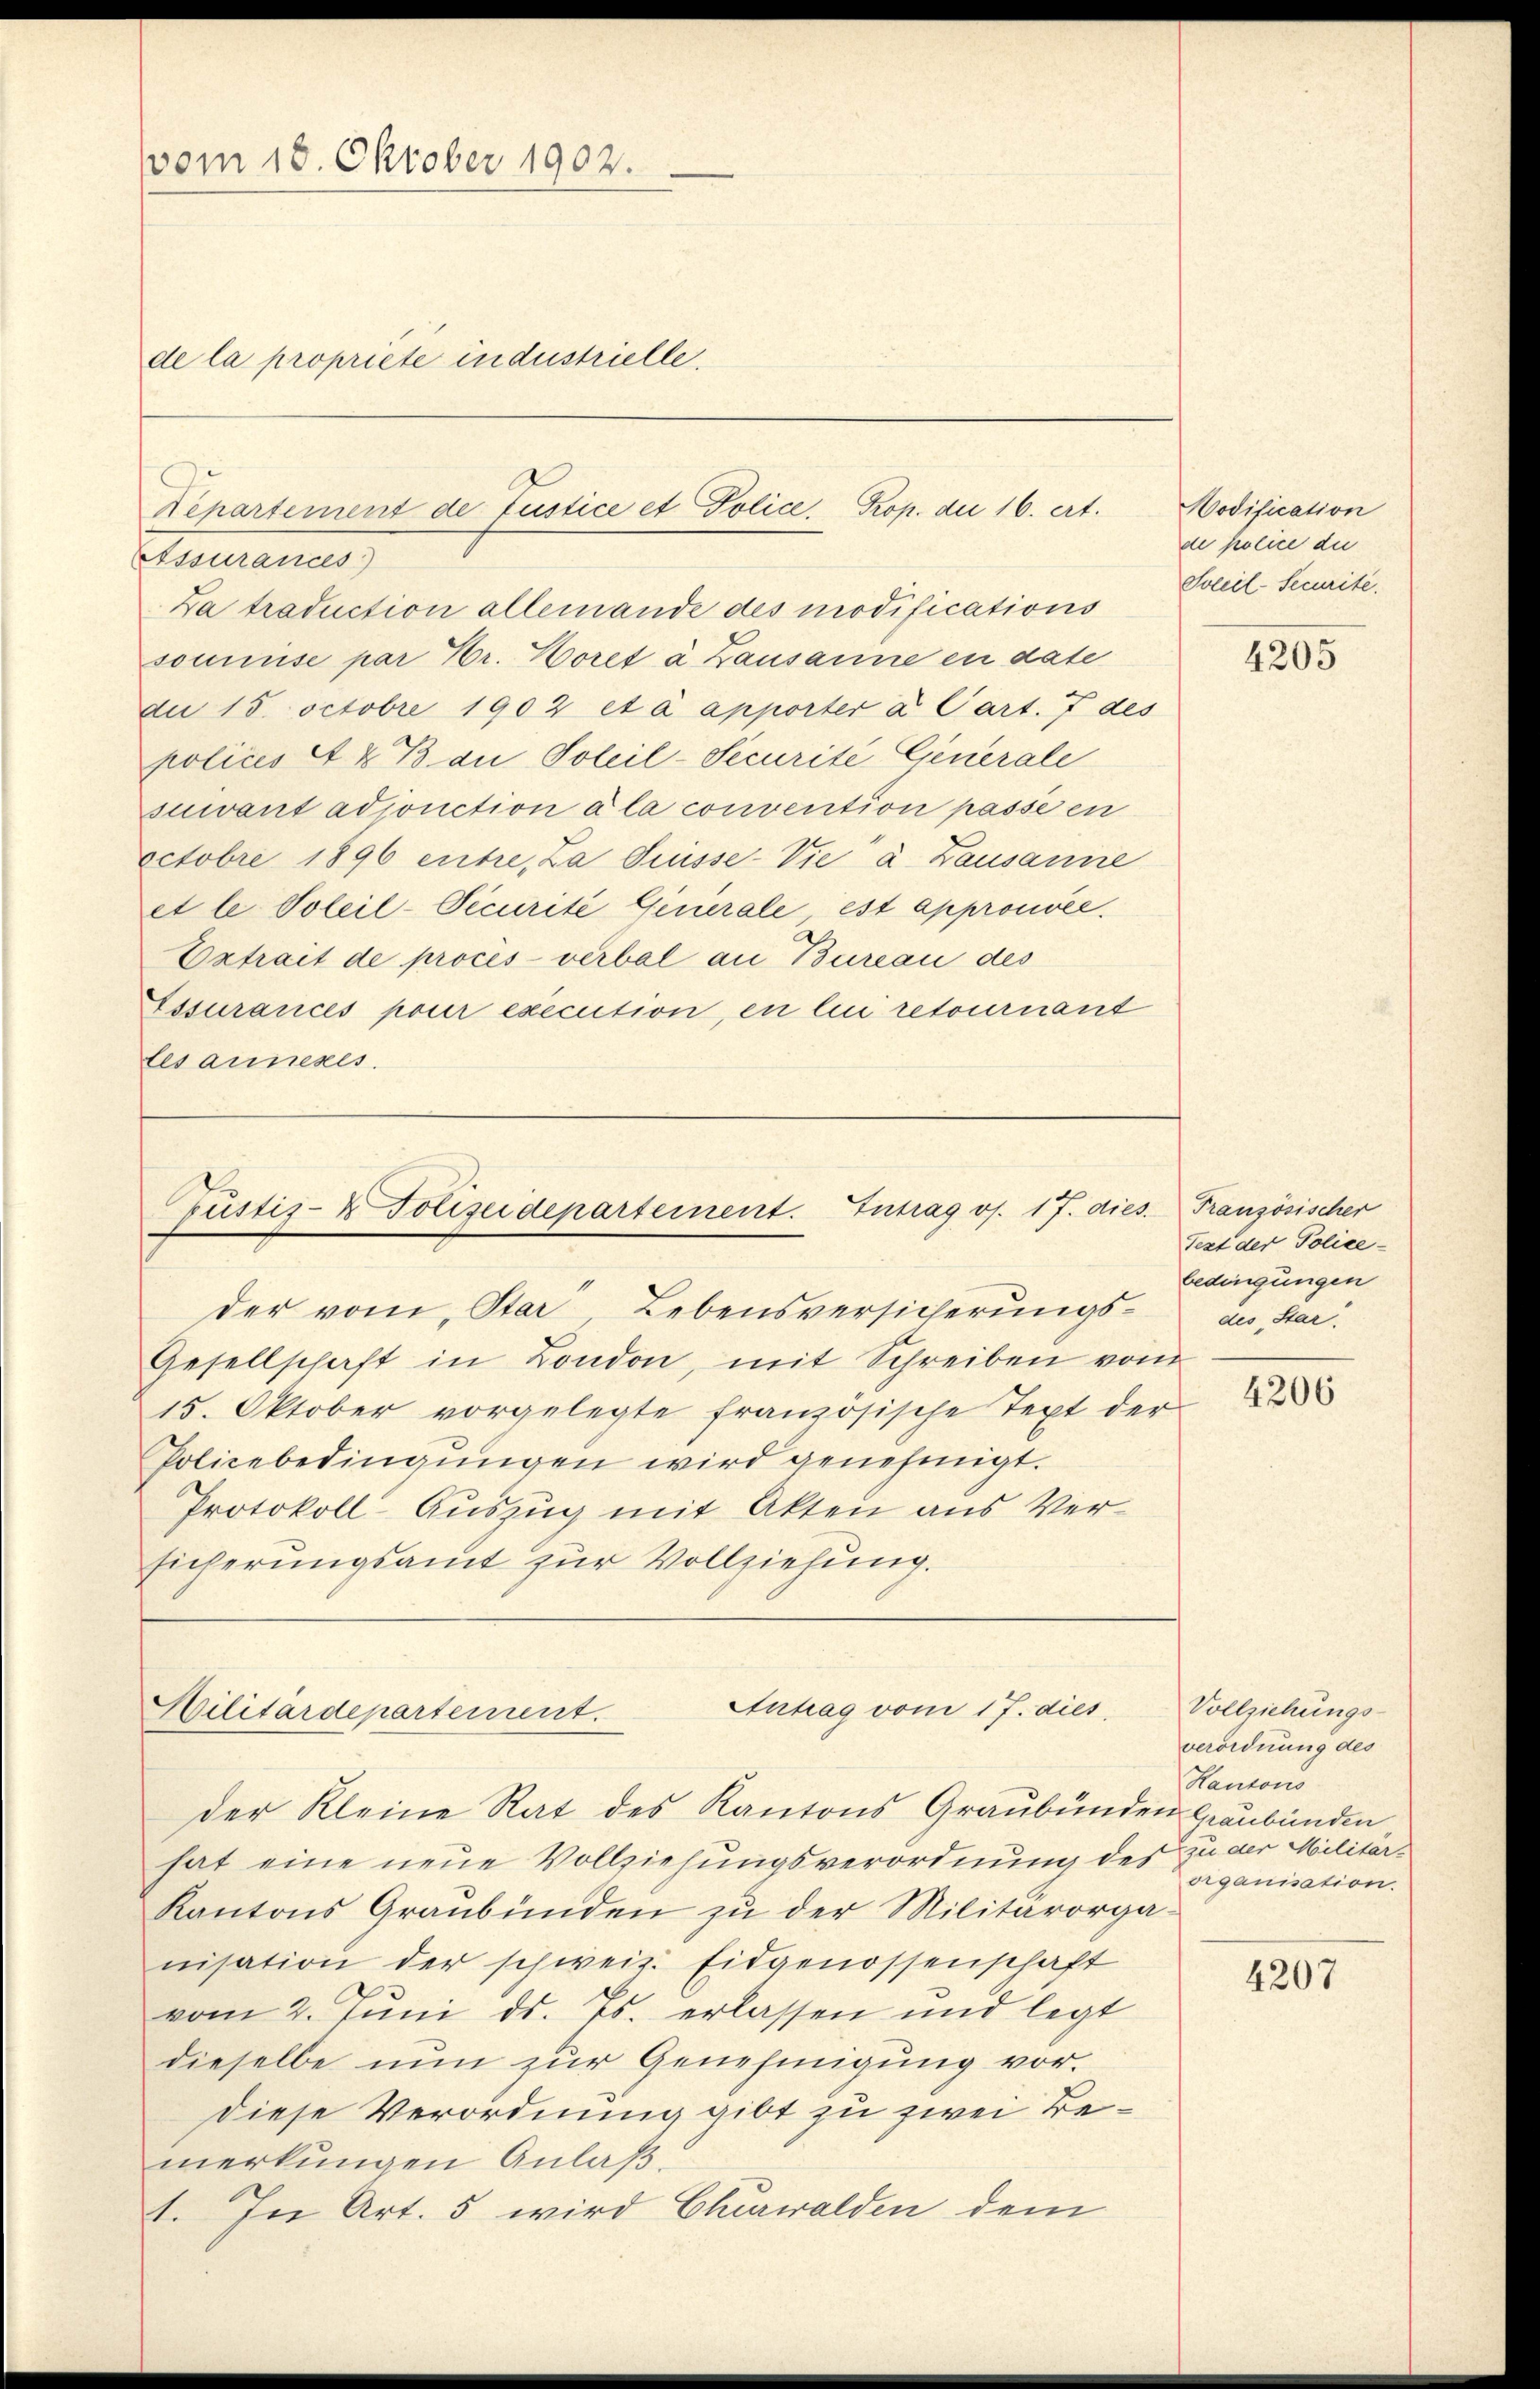
(vom 18. Oktober 1902.
de la propriete industrielle.

Da traduction allemande des modifications
soumise par Hr. Horet à Zausanne en date
du 15. Octobre 1902 et à apporter a Cart. 7 des
polices et 4 Bau Soleil-Securite Generale
suivant adjonction à la convention passé en
octobre 1896 entre, La Suisse-Vie a. Lausanne
et le Soleil-Decurité Generale est approuvée.
Extrait de procès-verbal an Bureau des
Essurances pour execution, en lici retournant
lesanneres.

Departement de Justice et Police. Prop. die 16. ert.
Assurances

Gesellschaft in London, mit Schreiben vom
15. Oktober vorgelegte französische Text der
Policebedingungen wird genehmigt.
Protokoll-Auszug mit Akten aus Versicherungsamt zur Vollziehung.

Pustiz- & Polizeidepartement. Intrag os. 17. dies
der vom Star Lebensversicherungs¬

Antrag vom 17. dies
Militärdepartement.

der Kleine Rat des Kantons Graubünden Graubünden
hat eine neue Vollziehungsverordnung des zu der Militär¬
Kantons Graubünden zu der Militärorga-
nisation der schweiz. Eidgenossenschaft
vom 2. Juni d. Js. erlassen und legt
dieselbe nun zur Genehmigung vor.
diese Verordnung gibt zu zwei Bemerkungen Anlaß.
1. In Art. 5 wird Churwalden dem

Hodification
de police die
Soleil-Securité.

4205

Französischer
Text der Policebedingungen
des Star.

4206

Vollziehungs-
verordnung des
Kantons
organisation.

4207